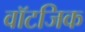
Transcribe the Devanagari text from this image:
वॉटजिक